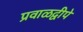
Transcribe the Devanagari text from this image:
प्रवाळद्वीपे